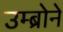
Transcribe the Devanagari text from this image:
उम्ब्रोने